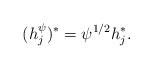
LaTeX: \begin{align*}(h_j^{\psi})^* = \psi^{1/2} h_j^*.\end{align*}